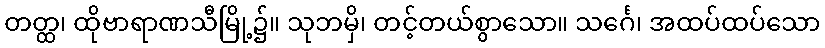
တတ္ထ၊ ထိုဗာရာဏသီမြို့၌။ သုဘမှိ၊ တင့်တယ်စွာသော။ သင်္ဂေ၊ အထပ်ထပ်သော